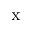
\textrm { x }